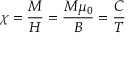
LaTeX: \chi = { \frac { M } { H } } = { \frac { M \mu _ { 0 } } { B } } = { \frac { C } { T } }